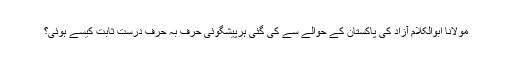
مولانا ابوالکلام آزاد کی پاکستان کے حوالے سے کی گئی ہرپیشگوئی حرف بہ حرف درست ثابت کیسے ہوئی؟